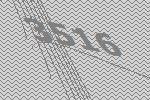
3516